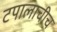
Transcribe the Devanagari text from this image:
टपालाचीच